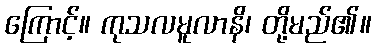
ကြောင့်။ ကုသလမူလာနိ၊ တို့မည်၏။